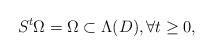
LaTeX: \begin{align*}S^t \Omega = \Omega \subset \Lambda(D), \forall t \ge 0, \end{align*}